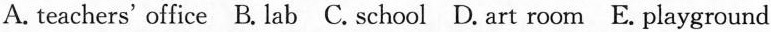
A. teachers' office B. Lab C. School D. Art room E. Playground